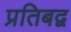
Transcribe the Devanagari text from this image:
प्रतिबद्व